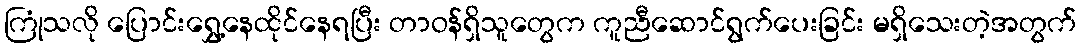
ကြုံသလို ပြောင်းရွှေ့နေထိုင်နေရပြီး တာဝန်ရှိသူတွေက ကူညီဆောင်ရွက်ပေးခြင်း မရှိသေးတဲ့အတွက်